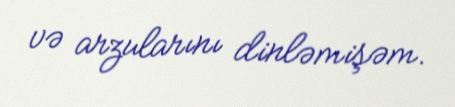
və arzularını dinləmişəm.